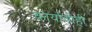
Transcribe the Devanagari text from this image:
कार्याचीही